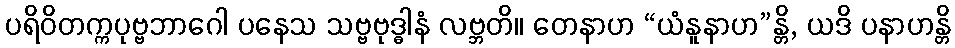
ပရိဝိတက္ကပုဗ္ဗဘာဂေါ ပနေသ သဗ္ဗဗုဒ္ဓါနံ လဗ္ဘတိ။ တေနာဟ “ယံနူနာဟ”န္တိ, ယဒိ ပနာဟန္တိ